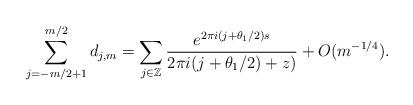
LaTeX: \begin{align*} \sum_{ j = -m/2+1}^{m/2} d_{j,m} = \sum_{ j \in \mathbb{Z} } \frac{ e^{ 2 \pi i (j + \theta_1/2) s } }{ 2 \pi i (j + \theta_1/2) + z ) } + O(m^{-1/4}).\end{align*}